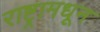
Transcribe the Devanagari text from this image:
राष्ट्रामधून